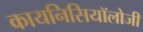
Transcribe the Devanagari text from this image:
कायनिसियॉलोजी